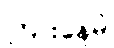
ကြားနေမဲ